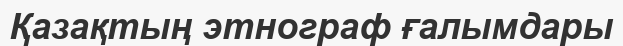
Қазақтың этнограф ғалымдары